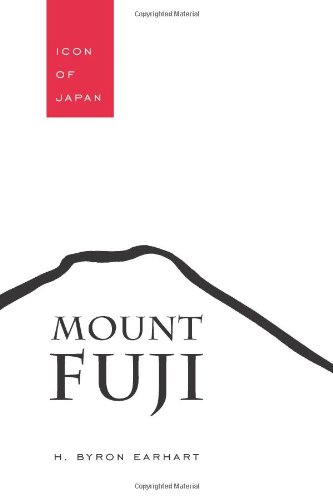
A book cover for Mount Fuji: Icon of Japan (Studies in Comparative Religion); Byron H. Earhart; Religion & Spirituality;